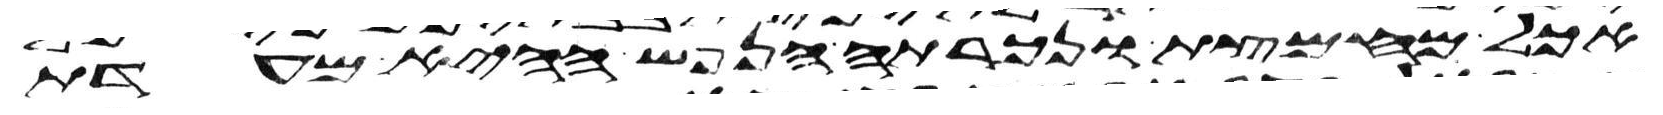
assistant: אכל מחמצת ונכרתה הנפש ההיא מעדת